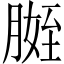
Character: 𱼒